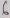
Text: 6